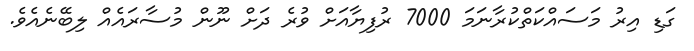
ގަޑި އިރު މަސައްކަތްކުުރާނަމަ 7000 ރުފިޔާއަށް ވުރެ ދަށް ނޫން މުސާރައެއް ލިބޭނެއެވެ.